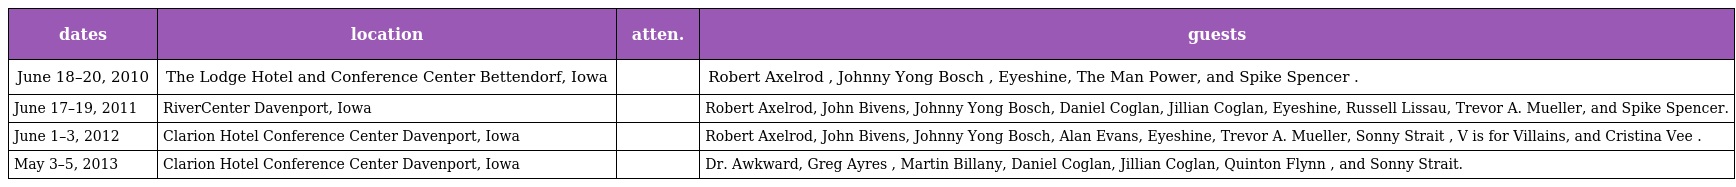
| dates | location | atten. | guests |
 | --- | --- | --- | --- |
 | June 18–20, 2010 | The Lodge Hotel and Conference Center Bettendorf, Iowa |  | Robert Axelrod , Johnny Yong Bosch , Eyeshine, The Man Power, and Spike Spencer . |
 | June 17–19, 2011 | RiverCenter Davenport, Iowa |  | Robert Axelrod, John Bivens, Johnny Yong Bosch, Daniel Coglan, Jillian Coglan, Eyeshine, Russell Lissau, Trevor A. Mueller, and Spike Spencer. |
 | June 1–3, 2012 | Clarion Hotel Conference Center Davenport, Iowa |  | Robert Axelrod, John Bivens, Johnny Yong Bosch, Alan Evans, Eyeshine, Trevor A. Mueller, Sonny Strait , V is for Villains, and Cristina Vee . |
 | May 3–5, 2013 | Clarion Hotel Conference Center Davenport, Iowa |  | Dr. Awkward, Greg Ayres , Martin Billany, Daniel Coglan, Jillian Coglan, Quinton Flynn , and Sonny Strait. |